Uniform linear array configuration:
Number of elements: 8
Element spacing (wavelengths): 0.25
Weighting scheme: binomial
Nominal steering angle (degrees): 30
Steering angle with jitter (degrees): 30.273
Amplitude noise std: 0.05
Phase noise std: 0.05

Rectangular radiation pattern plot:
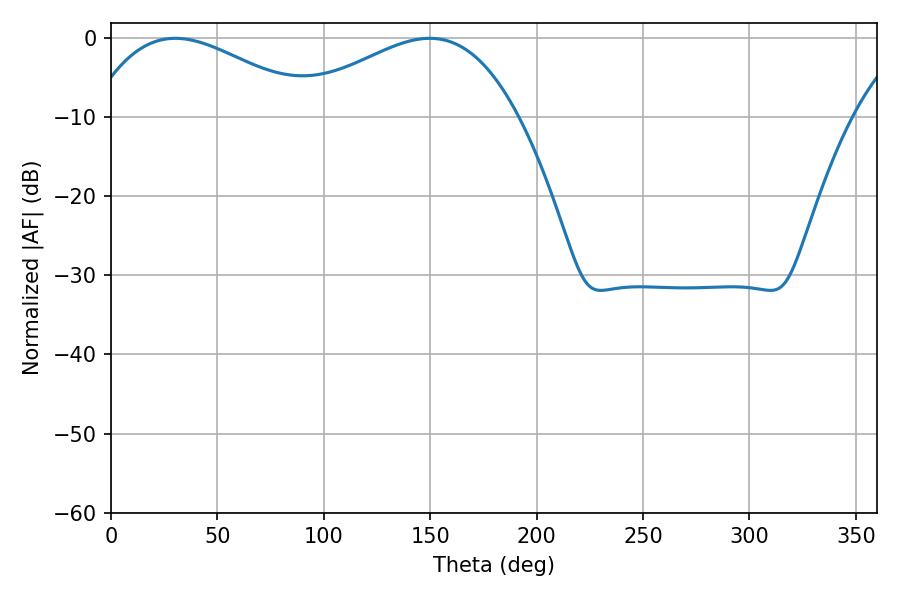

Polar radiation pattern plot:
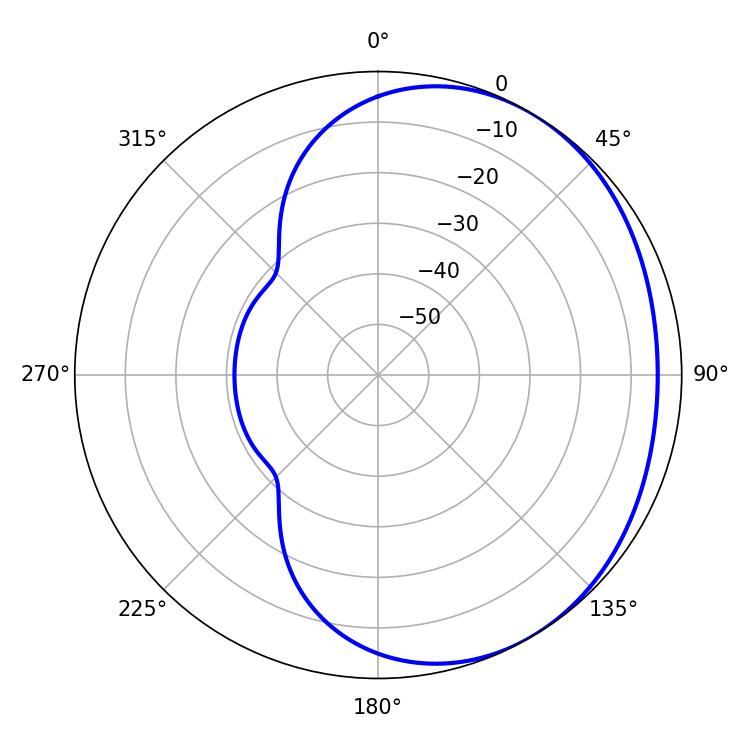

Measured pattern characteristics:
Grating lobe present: FALSE
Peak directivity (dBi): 2.205
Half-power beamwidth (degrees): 58.14
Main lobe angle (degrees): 30.24